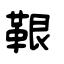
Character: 鞎